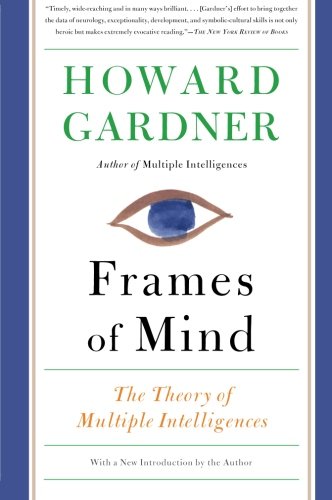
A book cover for Frames of Mind: The Theory of Multiple Intelligences; Howard Gardner; Health, Fitness & Dieting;